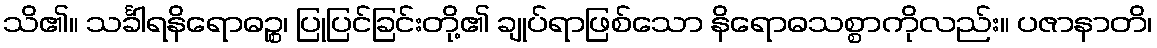
သိ၏။ သင်္ခါရနိရောဓဉ္စ၊ ပြုပြင်ခြင်းတို့၏ ချုပ်ရာဖြစ်သော နိရောဓသစ္စာကိုလည်း။ ပဇာနာတိ၊